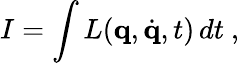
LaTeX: I=\int L(\mathbf{q},{\dot{\mathbf{q}}},t)\, dt~,